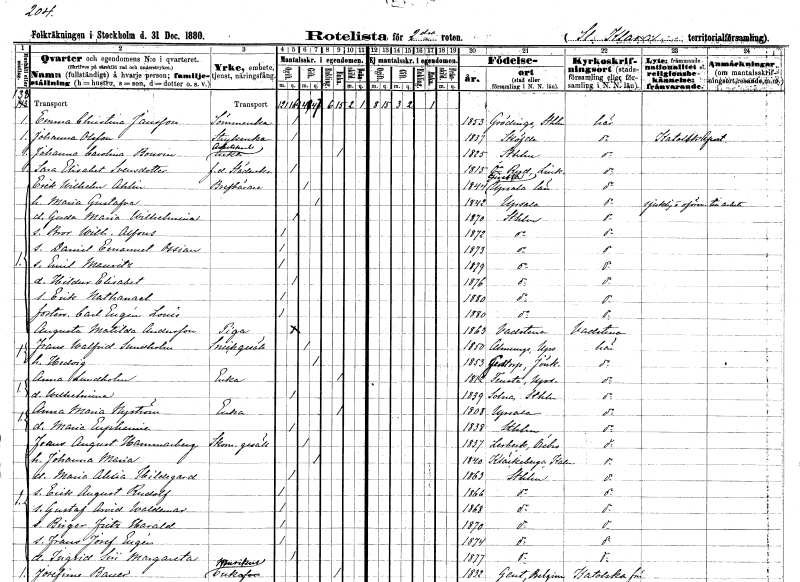
gt_parse: households: individuals: FN: Emma Christina
EN: Jansson
YRKE: Sömmerska
KON: K
CIV: O
FODAR: 1853
FODFORS: Grödinge Stockholms län
FN: Johanna
EN: Olsson
YRKE: Strykerska
KON: K
CIV: O
FODAR: 1837
FODFORS: Skövde Skaraborgs län
FN: Johanna Carolina
EN: Bouvin
YRKE: Arbetskarlsänka
KON: K
CIV: E
FODAR: 1825
FODFORS: Stockholm
FN: Sara Elisabet
EN: Svensdotter
YRKE: Städerska f.d.
KON: K
CIV: O
FODAR: 1815
FODFORS: Östra Ryd Östergötlands län
FN: Erik Wilhelm
EN: Ahlin
YRKE: Brevbärare
KON: M
CIV: G
FODAR: 1844
FODFORS: Giresta Uppsala län
FN: Maria Gustafva
KON: K
CIV: G
FODAR: 1842
FODFORS: Uppsala Uppsala län
FN: Gerda Maria Wilhelmina
KON: K
CIV: O
FODAR: 1870
FODFORS: Stockholm
FN: Bror Wilhelm Alfons
KON: M
CIV: O
FODAR: 1872
FODFORS: Stockholm
FN: Daniel Emanuel Ossian
KON: M
CIV: O
FODAR: 1873
FODFORS: Stockholm
FN: Emil Mauritz
KON: M
CIV: O
FODAR: 1874
FODFORS: Stockholm
FN: Hildur Elisabet
KON: K
CIV: O
FODAR: 1876
FODFORS: Stockholm
FN: Erik Nathanael
KON: M
CIV: O
FODAR: 1880
FODFORS: Stockholm
FN: Carl Eugén Louis
KON: M
CIV: O
FODAR: 1880
FODFORS: Stockholm
FN: Augusta Matilda
EN: Andersson
YRKE: Piga
KON: K
CIV: O
FODAR: 1863
FODFORS: Vadstena Östergötlands län
FN: Frans Walfrid
EN: Sundholm
YRKE: Snickaregesäll
KON: M
CIV: G
FODAR: 1850
FODFORS: Almunge Uppsala län
FN: Hedvig
KON: K
CIV: G
FODAR: 1853
FODFORS: Järstorp Jönköpings län
FN: Anna
EN: Lundholm
YRKE: Änka
KON: K
CIV: E
FODAR: 1812
FODFORS: Tensta Uppsala län
FN: Wilhelmina
KON: K
CIV: O
FODAR: 1839
FODFORS: Solna Stockholms län
FN: Anna Maria
EN: Nyström
YRKE: Änka
KON: K
CIV: E
FODAR: 1808
FODFORS: Uppsala Uppsala län
FN: Maria Euphemia
KON: K
CIV: O
FODAR: 1838
FODFORS: Stockholm
FN: Frans August
EN: Hammarberg
YRKE: Skomakaregesäll
KON: M
CIV: G
FODAR: 1837
FODFORS: Lerbäck Örebro län
FN: Johanna Maria
KON: K
CIV: G
FODAR: 1840
FODFORS: Kläckeberga Kalmar län
FN: Maria Alexia Hildegard
KON: K
CIV: O
FODAR: 1863
FODFORS: Stockholm
FN: Erik August Rudolf
KON: M
CIV: O
FODAR: 1866
FODFORS: Stockholm
FN: Gustaf Arvid Waldemar
KON: M
CIV: O
FODAR: 1868
FODFORS: Stockholm
FN: Birger Fritz Harald
KON: M
CIV: O
FODAR: 1870
FODFORS: Stockholm
FN: Frans Josef Eugén
KON: M
CIV: O
FODAR: 1874
FODFORS: Stockholm
FN: Ingrid Siri Margareta
KON: K
CIV: O
FODAR: 1877
FODFORS: Stockholm